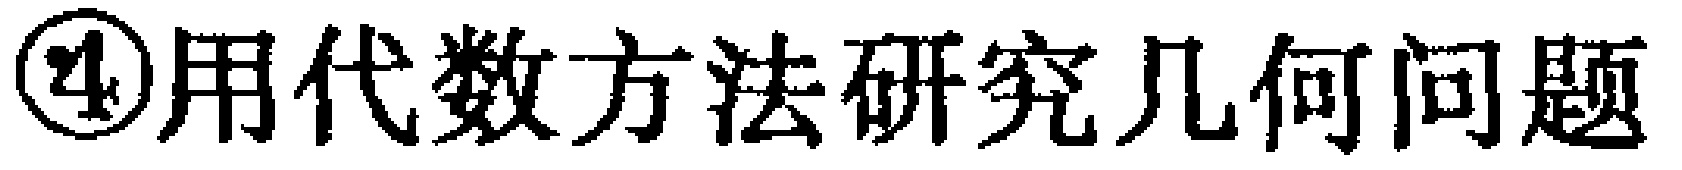
\textcircled{4}用代数方法研究几何问题